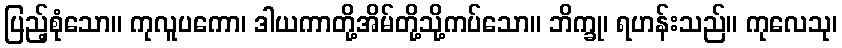
ပြည့်စုံသော။ ကုလူပကော၊ ဒါယကာတို့အိမ်တို့သို့ကပ်သော။ ဘိက္ခု၊ ရဟန်းသည်။ ကုလေသု၊